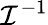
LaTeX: \mathcal I^{-1}